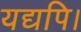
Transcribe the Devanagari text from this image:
यद्यपि।